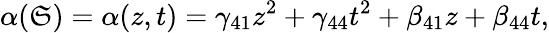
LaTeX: \alpha(\mathfrak{S})=\alpha(z,t)=\gamma_{41}z^{2}+\gamma_{44}t^{2}+\beta_{41}z+\beta_{44}t,